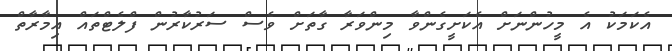
އެކަމަކު އެ މީހުންނަށް އެކަށީގެންވާ މިންވަރާ ގާތަށް ވެސް ސަރުކާރުން ފްލެޓްތައް އިމާރާތް